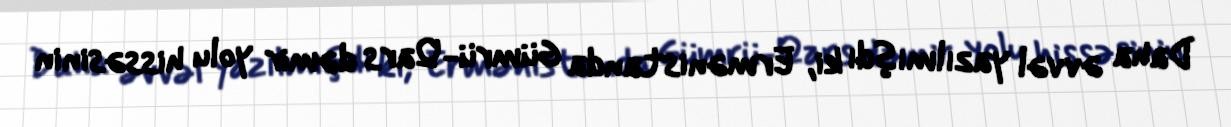
Daha əvvəl yazılmışdı ki, Ermənistanda Gümrü-Qars dəmir yolu hissəsinin